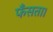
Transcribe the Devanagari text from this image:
फँसता।